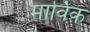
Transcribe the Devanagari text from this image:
मार्विक